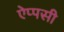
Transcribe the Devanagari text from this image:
ऐप्पसी